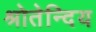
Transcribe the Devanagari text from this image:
श्रोतेन्दिय